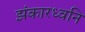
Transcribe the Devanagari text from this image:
झंकारध्वनि